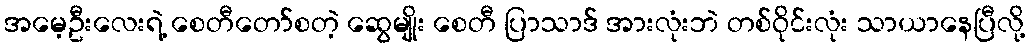
အမေ့ဦးလေးရဲ့ စေတီတော်စတဲ့ ဆွေမျိုး စေတီ ပြာသာဒ် အားလုံးဘဲ တစ်ဝိုင်းလုံး သာယာနေပြီလို့